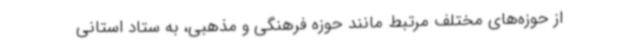
از حوزه‌های مختلف مرتبط مانند حوزه فرهنگی و مذهبی، به ستاد استانی